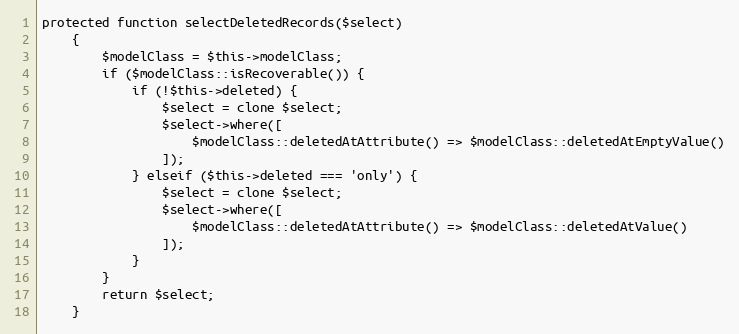
Language: PHP
protected function selectDeletedRecords($select)
    {
        $modelClass = $this->modelClass;
        if ($modelClass::isRecoverable()) {
            if (!$this->deleted) {
                $select = clone $select;
                $select->where([
                    $modelClass::deletedAtAttribute() => $modelClass::deletedAtEmptyValue()
                ]);
            } elseif ($this->deleted === 'only') {
                $select = clone $select;
                $select->where([
                    $modelClass::deletedAtAttribute() => $modelClass::deletedAtValue()
                ]);
            }
        }
        return $select;
    }